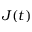
J ( t )